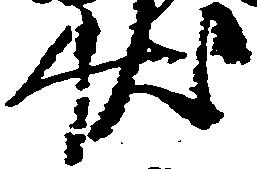
状